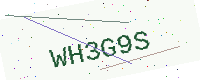
Text: WH3G9S